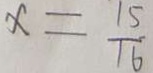
x = \frac { 1 5 } { 1 6 }